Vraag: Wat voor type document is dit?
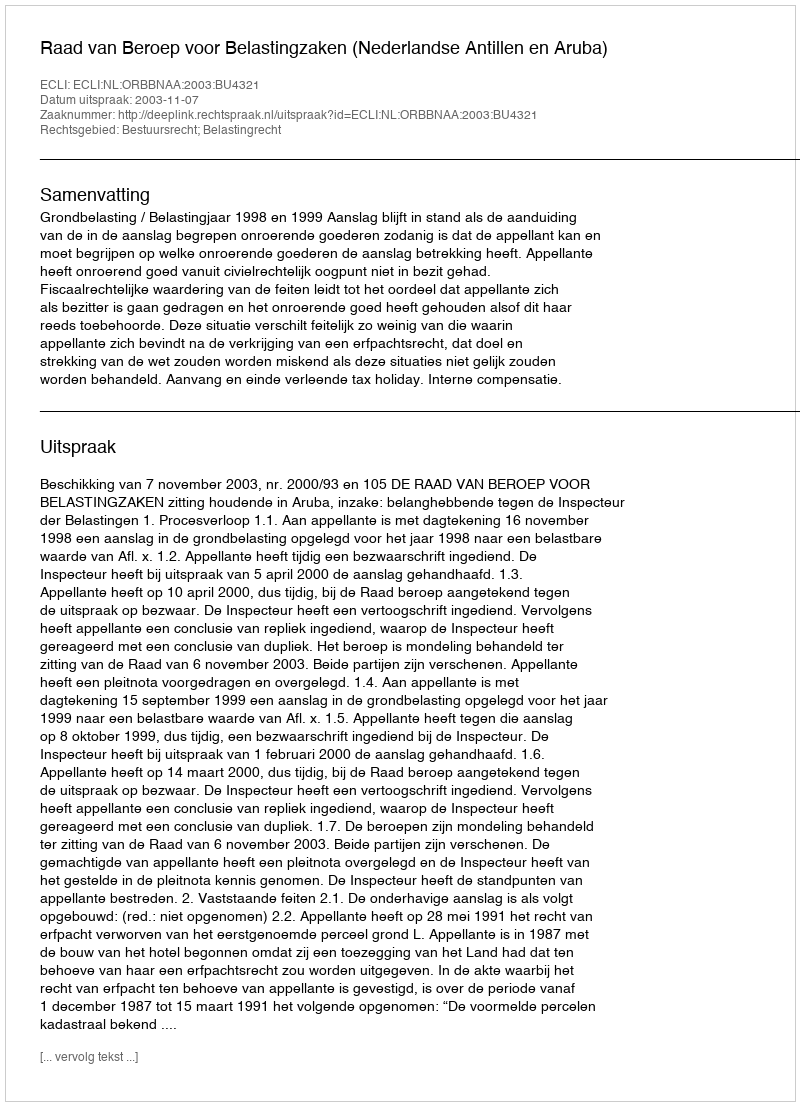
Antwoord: Uitspraak